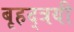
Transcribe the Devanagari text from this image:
बृहद्त्रयी